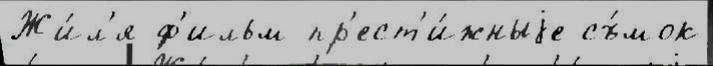
Жи́л'я ф'ильм пр'ест'и́жныjе съ́мок